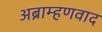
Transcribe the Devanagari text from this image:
अब्राम्हणवाद